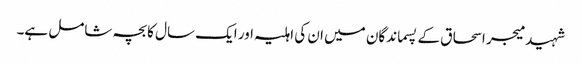
شہید میجر اسحاق کے پسماندگان میں ان کی اہلیہ اور ایک سال کا بچہ شامل ہے۔